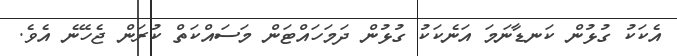
އެކަކު ގުޅުން ކަނޑާނަމަ އަނެކަކު ގުޅުން ދަމަހައްޓަން މަސައްކަތް ކުރަން ޖެހޭނެ އެވެ.